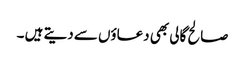
صالح گالی بھی دعاؤں سے دیتے ہیں ۔